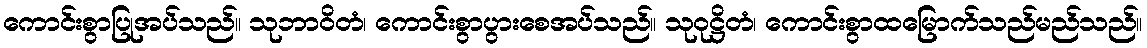
ကောင်းစွာပြုအပ်သည်။ သုဘာဝိတံ၊ ကောင်းစွာပွားစေအပ်သည်။ သုဝုဋ္ဌိတံ၊ ကောင်းစွာထမြောက်သည်မည်သည်။